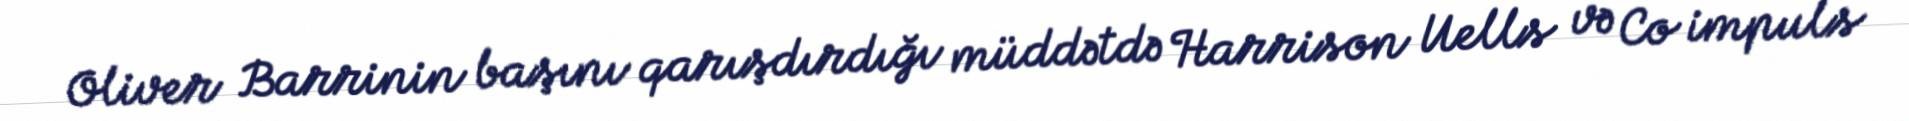
Oliver Barrinin başını qarışdırdığı müddətdə Harrison Uells və Co impuls